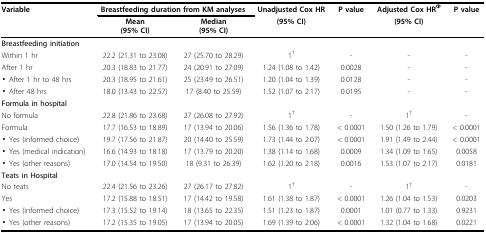
<table><thead><tr><td><b>Variable</b></td><td colspan="2"><b>Breastfeeding duration from KM analyses</b></td><td><b>Unadjusted Cox HR</b></td><td><b>P value</b></td><td><b>Adjusted Cox HR<sup>Φ</sup></b></td><td><b>P value</b></td></tr><tr><td></td><td><b>Mean(95% CI)</b></td><td><b>Median(95% CI)</b></td><td><b>(95% CI)</b></td><td></td><td><b>(95% CI)</b></td><td></td></tr></thead><tbody><tr><td><b>Breastfeeding initiation</b></td><td></td><td></td><td></td><td></td><td></td><td></td></tr><tr><td>Within 1 hr</td><td>22.2 (21.31 to 23.08)</td><td>27 (25.70 to 28.29)</td><td>1<sup>†</sup></td><td>-</td><td>-</td><td>-</td></tr><tr><td>After 1 hr</td><td>20.3 (18.83 to 21.77)</td><td>24 (20.91 to 27.09)</td><td>1.24 (1.08 to 1.42)</td><td>0.0028</td><td>-</td><td>-</td></tr><tr><td>▪ After 1 hr to 48 hrs</td><td>20.3 (18.95 to 21.61)</td><td>25 (23.49 to 26.51)</td><td>1.20 (1.04 to 1.39)</td><td>0.0128</td><td>-</td><td>-</td></tr><tr><td>▪ After 48 hrs</td><td>18.0 (13.43 to 22.57)</td><td>17 (8.40 to 25.59)</td><td>1.52 (1.07 to 2.17)</td><td>0.0195</td><td>-</td><td>-</td></tr><tr><td><b>Formula in hospital</b></td><td></td><td></td><td></td><td></td><td></td><td></td></tr><tr><td>No formula</td><td>22.8 (21.86 to 23.68)</td><td>27 (26.08 to 27.92)</td><td>1<sup>†</sup></td><td>-</td><td>1<sup>†</sup></td><td>-</td></tr><tr><td>Formula</td><td>17.7 (16.53 to 18.89)</td><td>17 (13.94 to 20.06)</td><td>1.56 (1.36 to 1.78)</td><td>&lt; 0.0001</td><td>1.50 (1.26 to 1.79)</td><td>&lt; 0.0001</td></tr><tr><td>▪ Yes (informed choice)</td><td>19.7 (17.56 to 21.87)</td><td>20 (14.40 to 25.59)</td><td>1.73 (1.44 to 2.07)</td><td>&lt; 0.0001</td><td>1.91 (1.49 to 2.44)</td><td>&lt; 0.0001</td></tr><tr><td>▪ Yes (medical indication)</td><td>16.6 (14.93 to 18.18)</td><td>17 (13.79 to 20.20)</td><td>1.38 (1.14 to 1.68)</td><td>0.0009</td><td>1.34 (1.09 to 1.65)</td><td>0.0058</td></tr><tr><td>▪ Yes (other reasons)</td><td>17.0 (14.54 to 19.50)</td><td>18 (9.31 to 26.39)</td><td>1.62 (1.20 to 2.18)</td><td>0.0016</td><td>1.53 (1.07 to 2.17)</td><td>0.0181</td></tr><tr><td><b>Teats in Hospital</b></td><td></td><td></td><td></td><td></td><td></td><td></td></tr><tr><td>No teats</td><td>22.4 (21.56 to 23.26)</td><td>27 (26.17 to 27.82)</td><td>1<sup>†</sup></td><td>-</td><td>1<sup>†</sup></td><td>-</td></tr><tr><td>Yes</td><td>17.2 (15.88 to 18.51)</td><td>17 (14.42 to 19.58)</td><td>1.61 (1.38 to 1.87)</td><td>&lt; 0.0001</td><td>1.26 (1.04 to 1.53)</td><td>0.0203</td></tr><tr><td>▪ Yes (informed choice)</td><td>17.3 (15.52 to 19.14)</td><td>18 (13.65 to 22.35)</td><td>1.51 (1.23 to 1.87)</td><td>0.0001</td><td>1.01 (0.77 to 1.33)</td><td>0.9231</td></tr><tr><td>▪ Yes (other reasons)</td><td>17.2 (15.35 to 19.05)</td><td>17 (13.94 to 20.05)</td><td>1.69 (1.39 to 2.06)</td><td>&lt; 0.0001</td><td>1.32 (1.04 to 1.68)</td><td>0.0221</td></tr></tbody></table>